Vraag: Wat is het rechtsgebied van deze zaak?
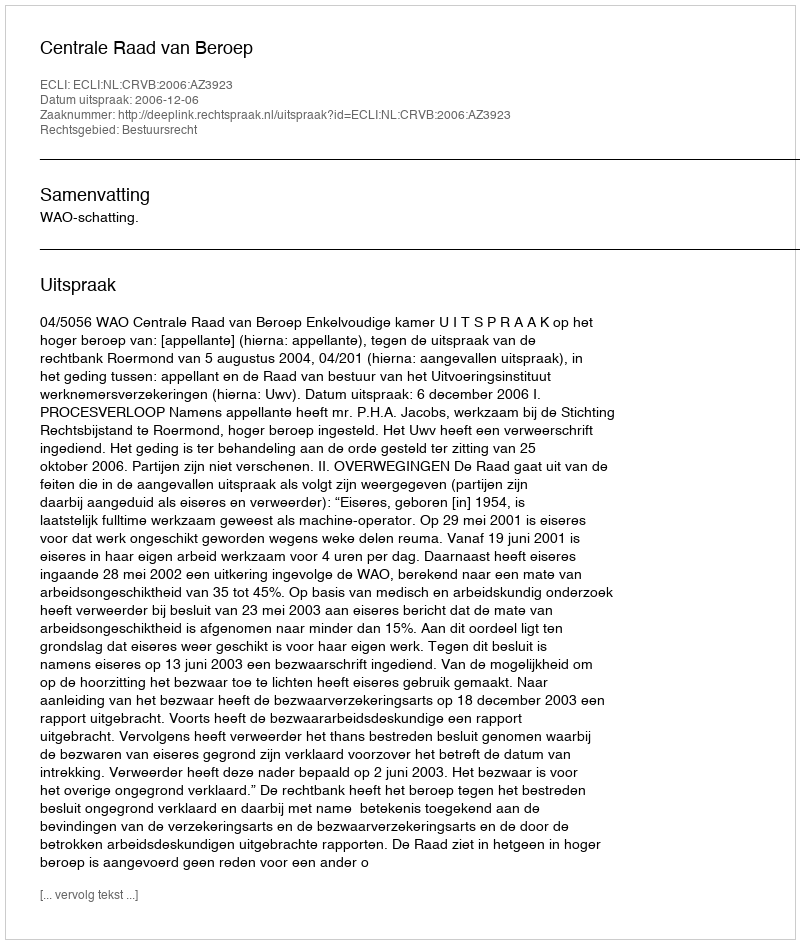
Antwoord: Bestuursrecht